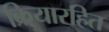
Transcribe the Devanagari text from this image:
क्रियारहित